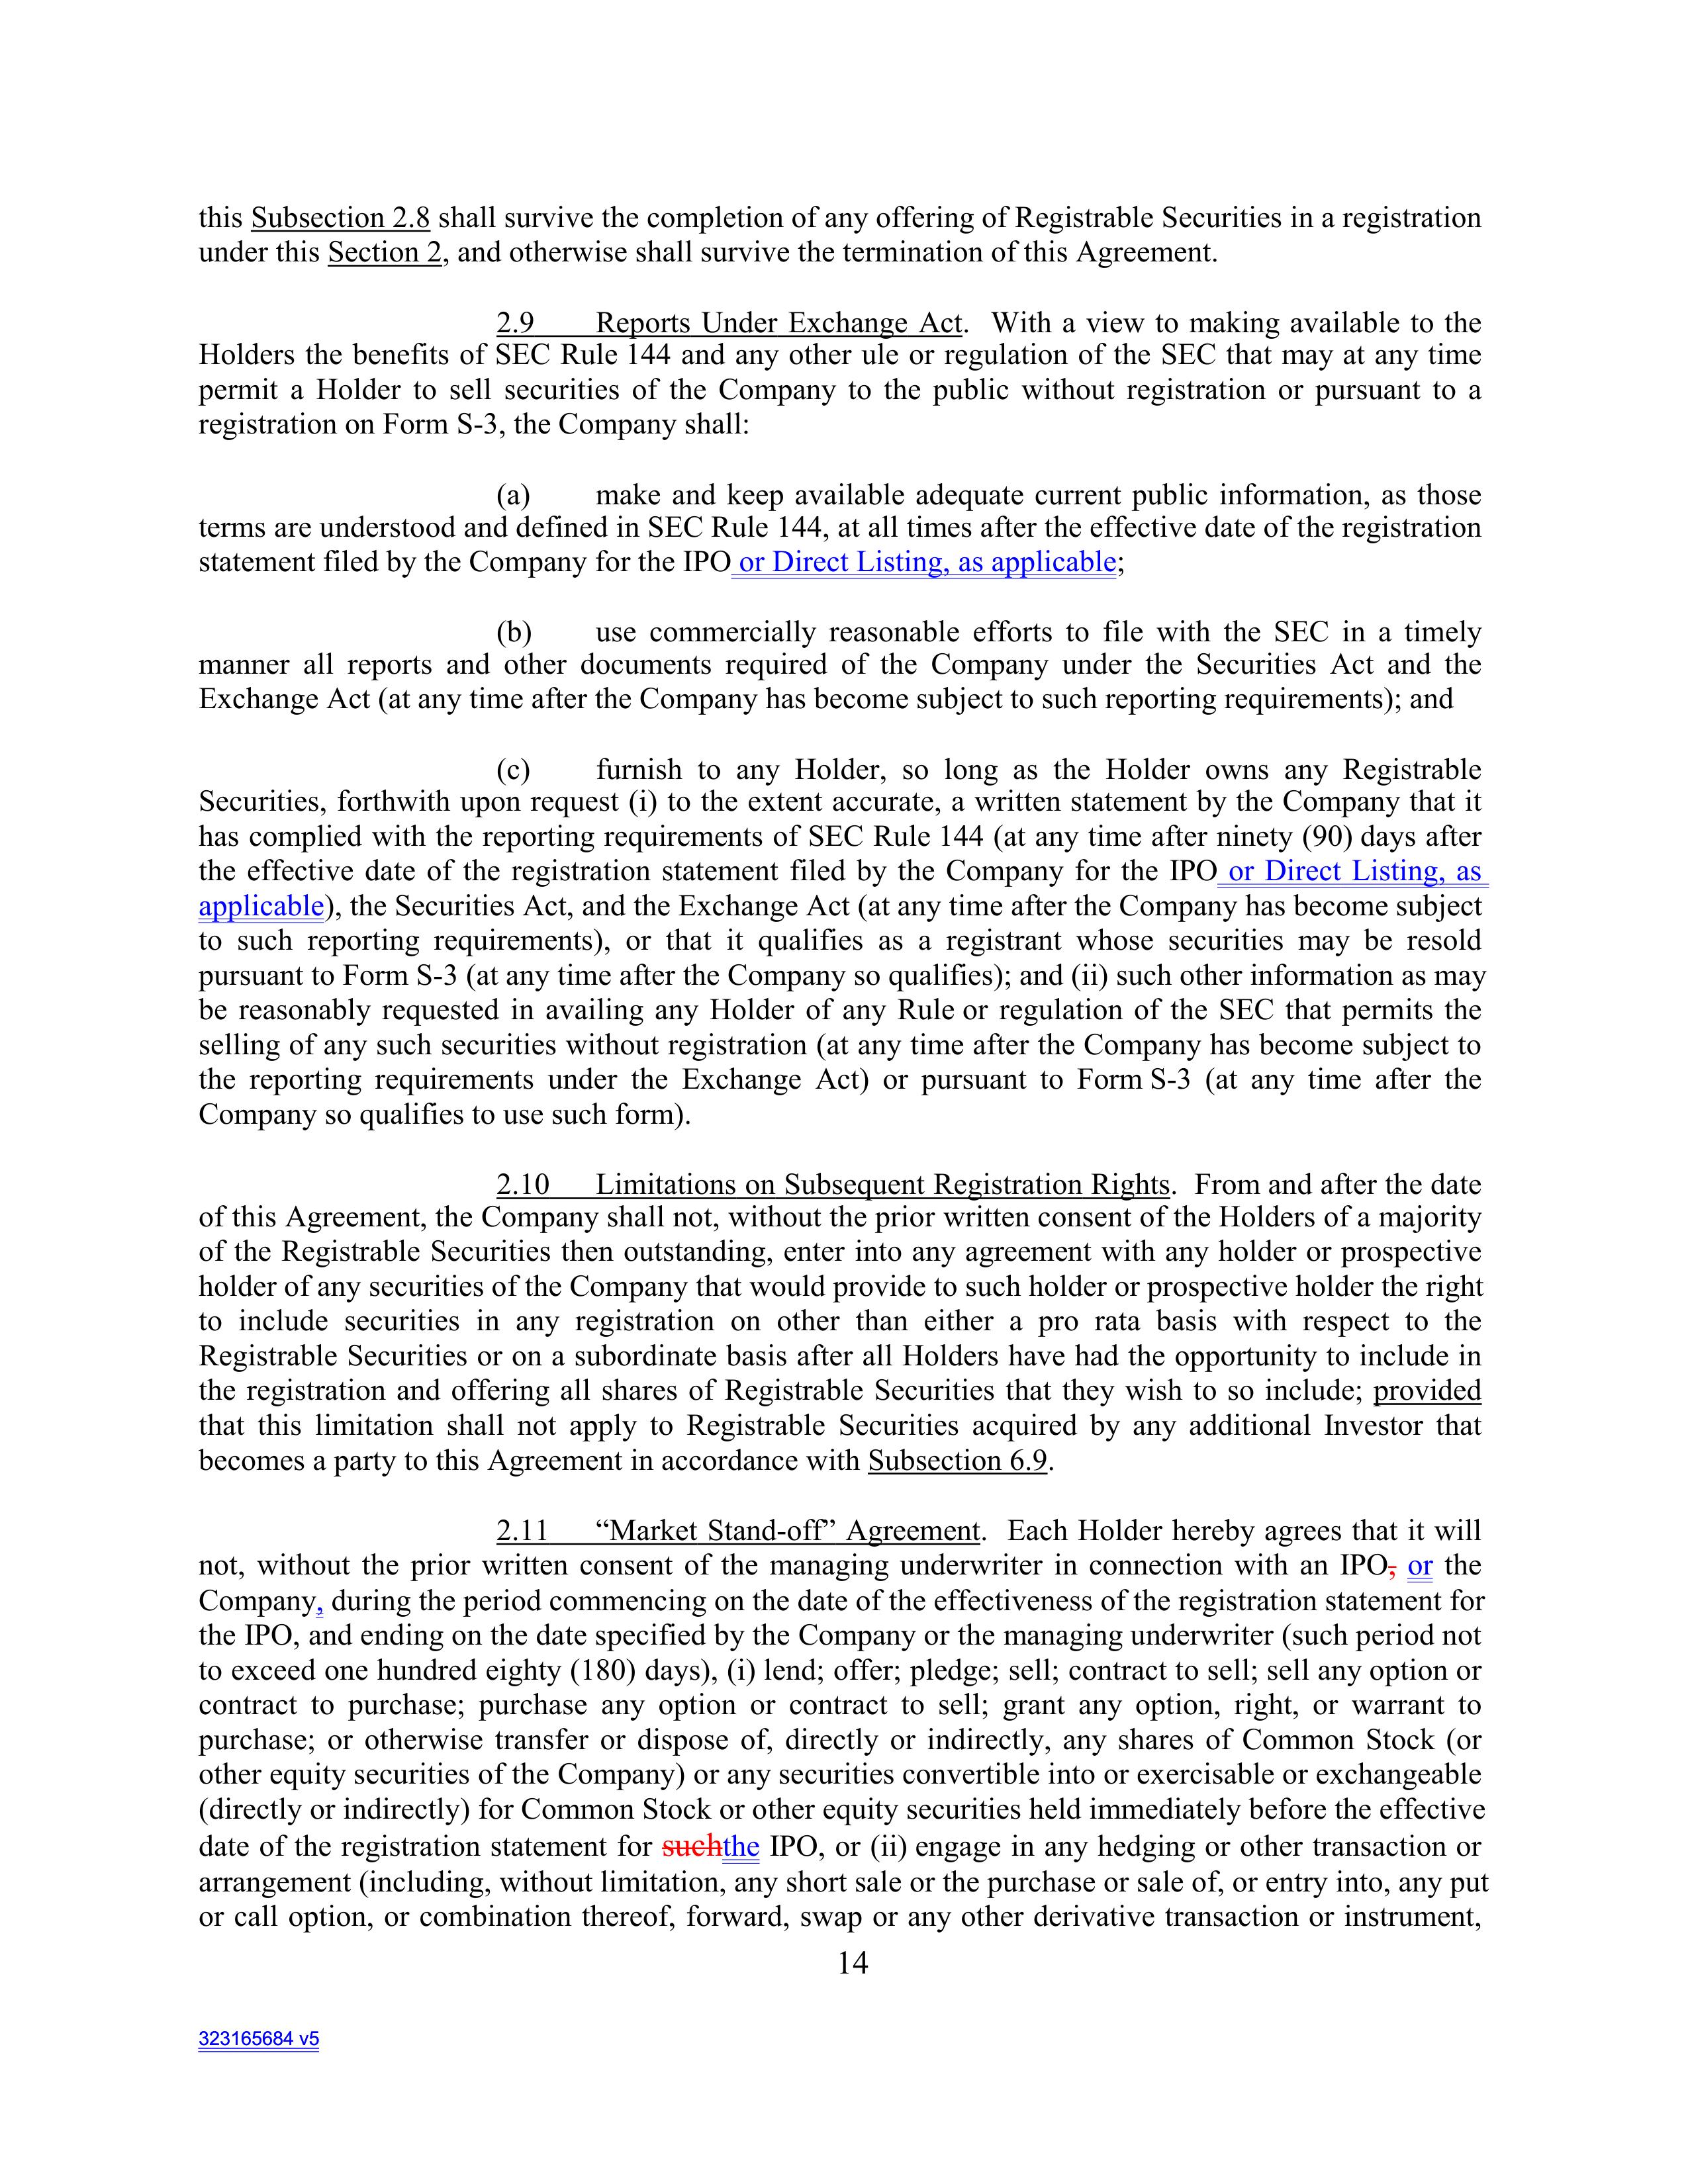
this Subsection 2.8 shall survive the completion of any offering of Registrable Securities in a registration
under this Section 2, and otherwise shall survive the termination of this Agreement.

2.9        Reports Under Exchange Act. With a view to making available to the
Holders the benefits of SEC Rule 144 and any other rule or regulation of the SEC that may at any time
permit a Holder to sell securities of the Company to the public without registration or pursuant to a
registration on Form S-3, the Company shall:

        (a)        make and keep available adequate current public information, as those
terms are understood and defined in SEC Rule 144, at all times after the effective date of the registration
statement filed by the Company for the IPO or Direct Listing, as applicable;

        (b)        use commercially reasonable efforts to file with the SEC in a timely
manner all reports and other documents required of the Company under the Securities Act and the
Exchange Act (at any time after the Company has become subject to such reporting requirements); and

        (c)        furnish to any Holder, so long as the Holder owns any Registrable
Securities, forthwith upon request (i) to the extent accurate, a written statement by the Company that it
has complied with the reporting requirements of SEC Rule 144 (at any time after ninety (90) days after
the effective date of the registration statement filed by the Company for the IPO or Direct Listing, as
applicable), the Securities Act, and the Exchange Act (at any time after the Company has become subject
to such reporting requirements), or that it qualifies as a registrant whose securities may be resold
pursuant to Form S-3 (at any time after the Company so qualifies); and (ii) such other information as may
be reasonably requested in writing by any Holder of any Rule or regulation of the SEC that permits the
selling of any such securities without registration (at any time after the Company has become subject to
the reporting requirements under the Exchange Act) or pursuant to Form S-3 (at any time after the
Company so qualifies to use such form).

2.10       Limitations on Subsequent Registration Rights. From and after the date
of this Agreement, the Company shall not, without the prior written consent of the Holders of a majority
of the Registrable Securities then outstanding, enter into any agreement with any holder or prospective
holder of any securities of the Company that would provide to such holder or prospective holder the right
to include securities in any registration on other than either a pro rata basis with respect to the
Registrable Securities or on a subordinate basis after all Holders have had the opportunity to include in
the registration and offering all shares of Registrable Securities that they wish to so include; provided
that this limitation shall not apply to Registrable Securities acquired by any additional Investor that
becomes a party to this Agreement in accordance with Subsection 6.9.

2.11       “Market Stand-off” Agreement. Each Holder hereby agrees that it will
not, without the prior written consent of the managing underwriter in connection with an IPO, or the
Company, during the period commencing on the date of the effectiveness of the registration statement for
the IPO, and ending on the date specified by the Company or the managing underwriter (such period not
to exceed one hundred eighty (180) days), (i) lend; offer; pledge; sell; contract to sell; sell any option or
contract to purchase; purchase any option or contract to sell; grant any option, right, or warrant to
purchase; or otherwise transfer or dispose of, directly or indirectly, any shares of Common Stock (or
other equity securities of the Company) or any securities convertible into or exercisable or exchangeable
(directly or indirectly) for Common Stock or other equity securities held immediately before the effective
date of the registration statement for such the IPO, or (ii) engage in any hedging or other transaction or
arrangement (including, without limitation, any short sale or the purchase or sale of, or entry into, any put
or call option, or combination thereof, forward, swap or any other derivative transaction or instrument,

14

323165684 v5